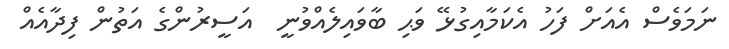
ނަމަވެސް އެއަށް ފަހު އެކަމާއިގުޅޭ ވަޙި ބާވައިލެއްވުނީ  އަސީރުންގެ އަތުން ފިދާއެއް